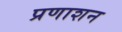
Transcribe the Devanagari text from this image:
प्रणाशन